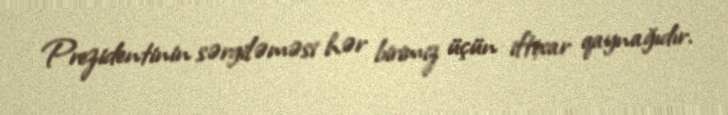
Prezidentinin sərgiləməsi hər birimiz üçün iftixar qaynağıdır.